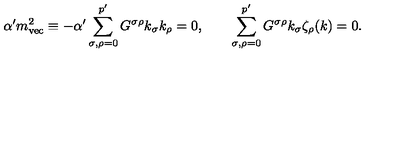
\alpha ^ { \prime } m _ { \mathrm { v e c } } ^ { 2 } \equiv - \alpha ^ { \prime } \sum _ { \sigma , \rho = 0 } ^ { p ^ { \prime } } G ^ { \sigma \rho } k _ { \sigma } k _ { \rho } = 0 , \qquad \sum _ { \sigma , \rho = 0 } ^ { p ^ { \prime } } G ^ { \sigma \rho } k _ { \sigma } \zeta _ { \rho } ( k ) = 0 .